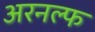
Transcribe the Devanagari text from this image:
अरनल्फ